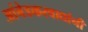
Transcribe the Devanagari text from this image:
आंबेडकरवाद्यांनी